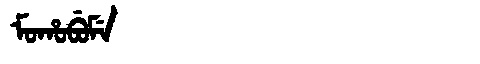
Manchu: ᠮᠣᡥᠣᠪᡠᠮᡝ
Romanization: MOHOBUME